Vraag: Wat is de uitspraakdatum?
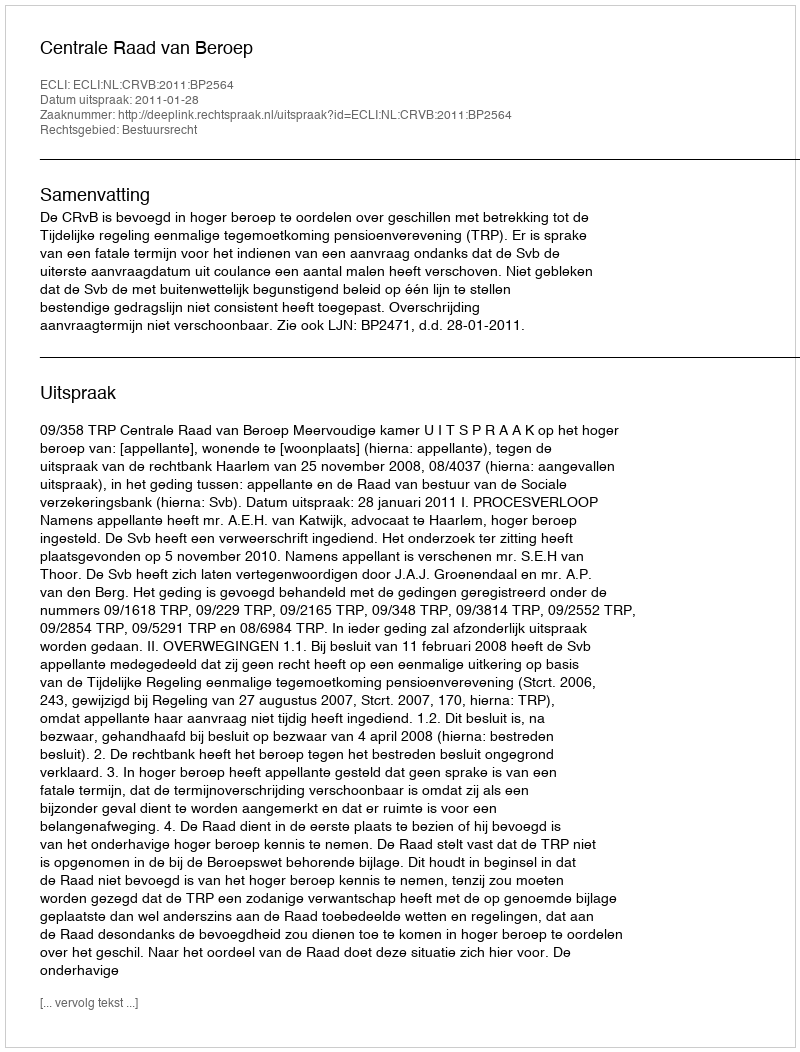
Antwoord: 2011-01-28